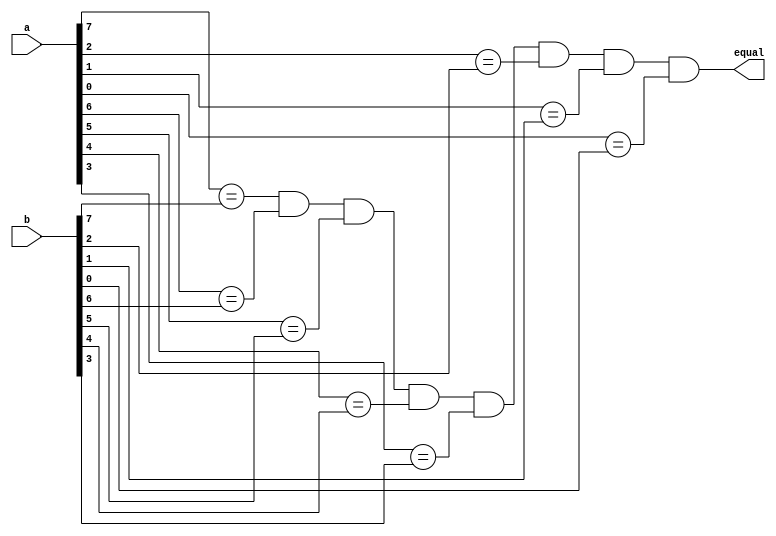
module cmp8_int
(
	output equal,
	input [0:7] a,
	input [0:7] b
);

// DUPLO.NET (922) - comp : cmp8
assign equal = (a[0] == b[0]) && (a[1] == b[1]) && (a[2] == b[2]) && (a[3] == b[3]) && (a[4] == b[4]) && (a[5] == b[5]) && (a[6] == b[6]) && (a[7] == b[7]);
endmodule